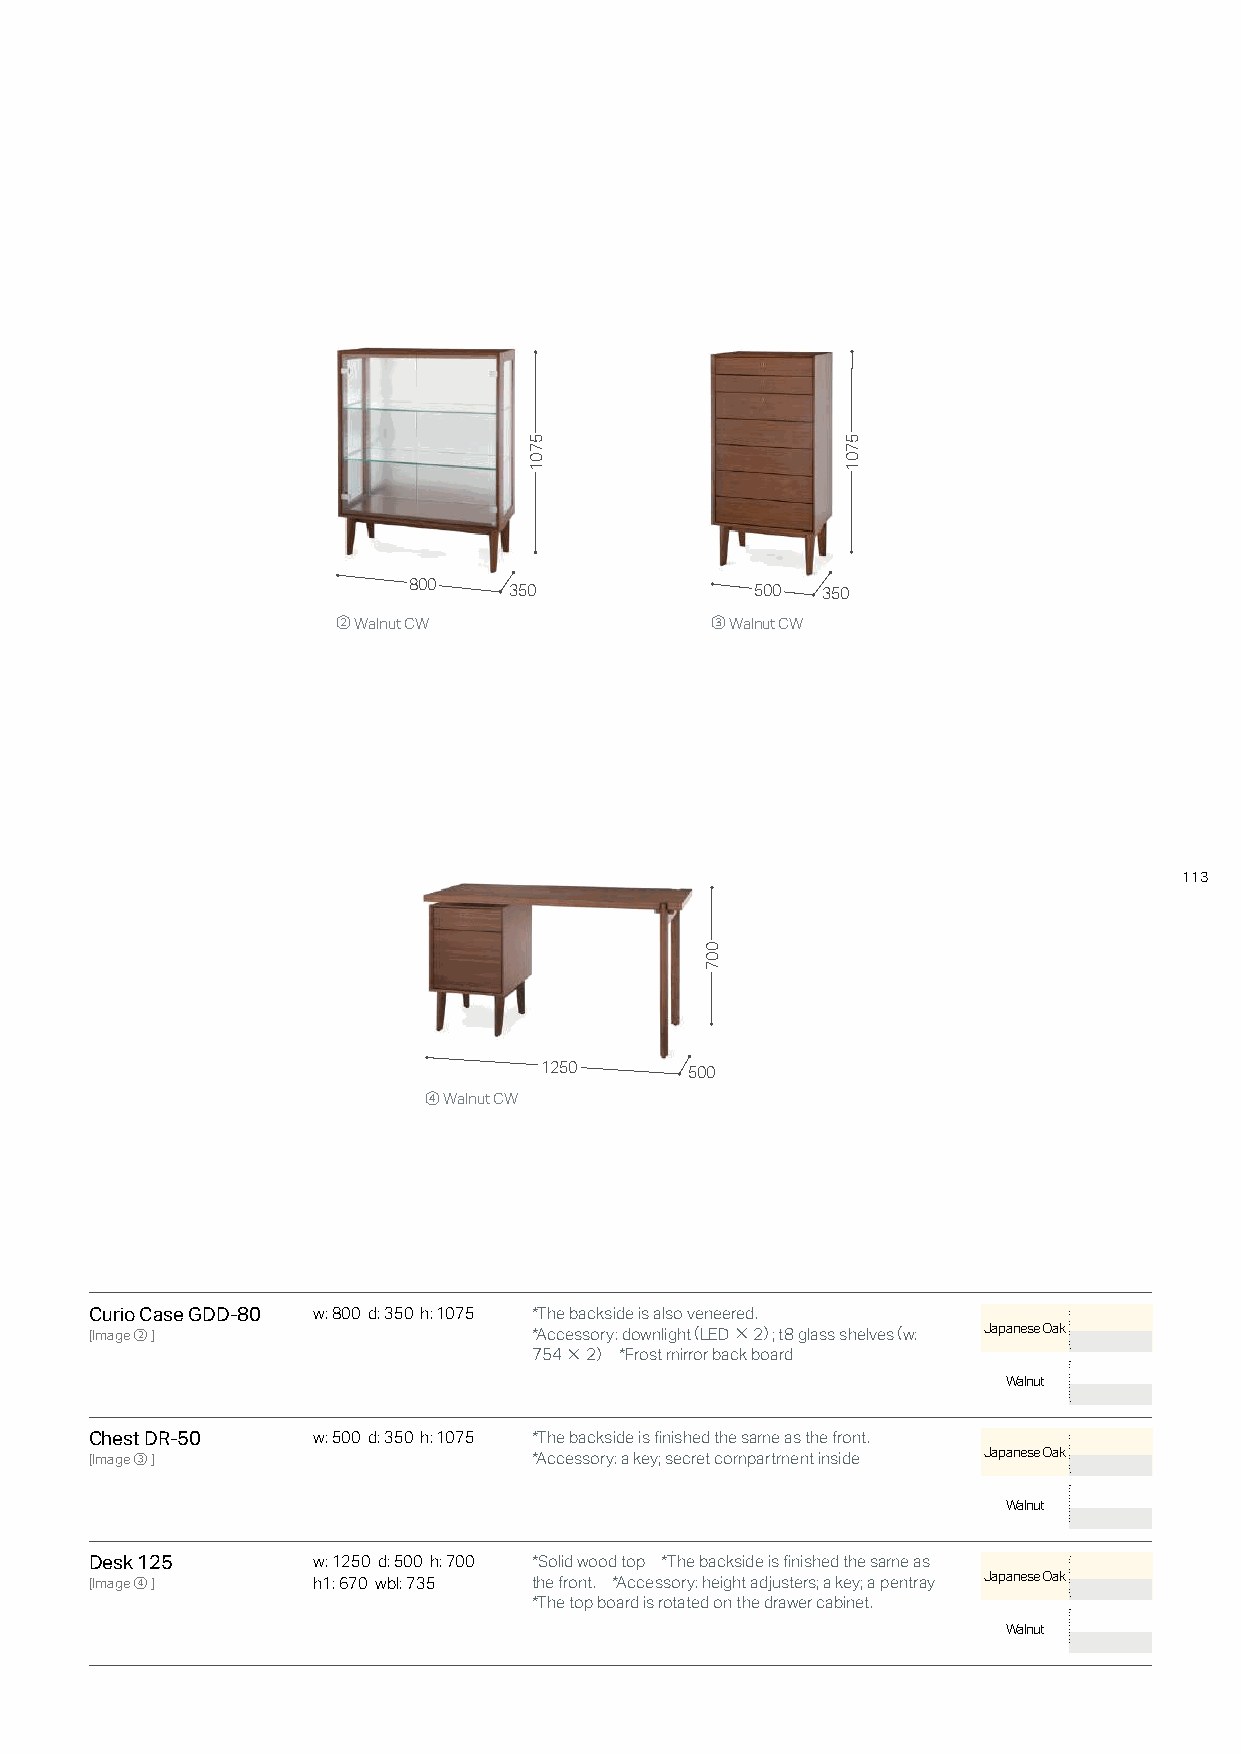
800    350             500 350
 ② Walnut CW              ③ Walnut CW
 113
 1250      500
 ④ Walnut CW
 Curio Case GDD-80 w: 800 d: 350 h: 1075 *The backside is also veneered.
 [Image②]                     *Accessory: downligh（t LED×2）; t8 glass shelves（w: Japanese Oak
 754×2） *Frost mirror back board
 Walnut
 Chest DR-50    w: 500 d: 350 h: 1075 *The backside is finished the same as the front.
 [Image③]                     *Accessory: a key; secret compartment inside Japanese Oak
 Walnut
 Desk 125       w: 1250 d: 500 h: 700 *Solid wood top *The backside is finished the same as
 [Image④]       h1: 670 wbl: 735 the front. *Accessory: height adjusters; a key; a pentray Japanese Oak
 *The top board is rotated on the drawer cabinet.
 Walnut
 5701
 007
 5701